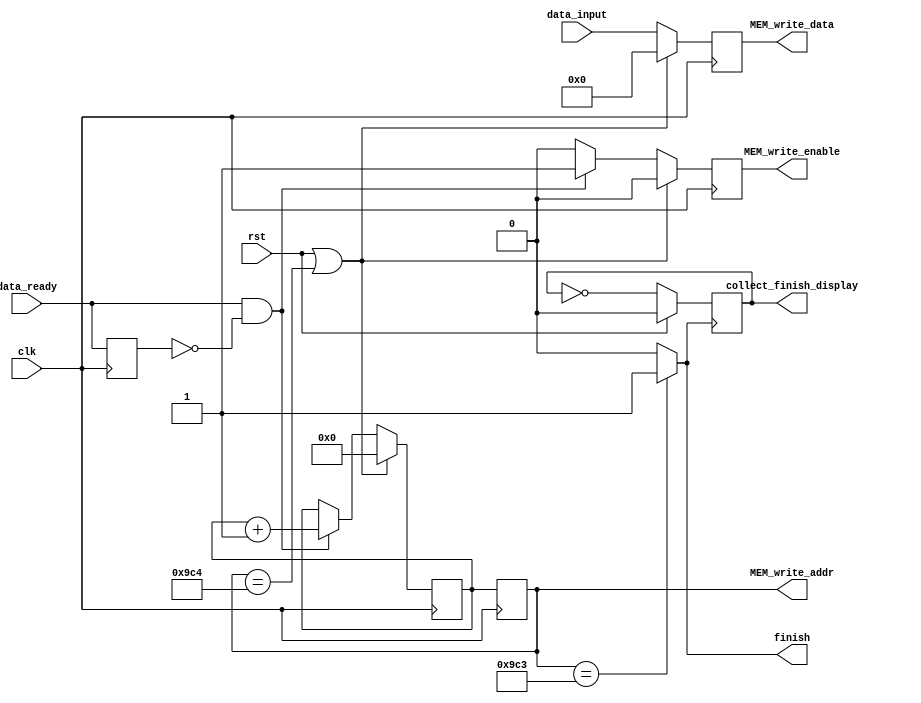
module Data_collect(
	input clk,
	input rst,
	input [7:0] data_input,
	input data_ready,
	output reg MEM_write_enable,
	output reg [13:0] MEM_write_addr,
	output reg [7:0] MEM_write_data,
	output finish,
	output reg collect_finish_display
   );
	
	parameter NUM_DATA = 2500;
	
	reg [13:0] delayed_write_addr;
	reg prev_data_ready;
	
	assign finish = (MEM_write_addr == NUM_DATA - 1)? 1'b1 : 1'b0;			// Collecion is finished after received 10000 data
	
always@(posedge finish)
	begin
	if(rst)
		collect_finish_display <= 1'b0;
	else
		collect_finish_display <= ~collect_finish_display;
	end
	
always@(posedge clk)
	begin
	prev_data_ready <= data_ready;			// for capturing the rising edge of data_ready
	MEM_write_addr <= delayed_write_addr;
	
	if(rst || MEM_write_addr == NUM_DATA)		// Reset when rst == 1 or saved 10000 data 
		begin
		MEM_write_enable <= 1'b0;
		delayed_write_addr <= 14'd0;
		MEM_write_data <= 8'd0;
		end
	else if(data_ready == 1'b1 && prev_data_ready == 1'b0)
		begin
		MEM_write_enable <= 1'b1;
		delayed_write_addr <= delayed_write_addr + 1'b1;
		MEM_write_data <= data_input;
		end
	else
		begin
		MEM_write_enable <= 1'b0;
		delayed_write_addr <= delayed_write_addr;
		MEM_write_data <= data_input;
		end
	end
endmodule